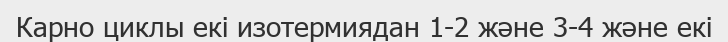
Карно циклы екі изотермиядан 1-2 және 3-4 және екі